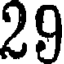
29